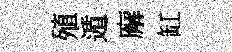
殖遁廨缸